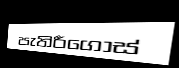
පැතිරීගොස්